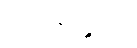
ဂိလာနပုစ္ဆိကာ